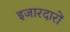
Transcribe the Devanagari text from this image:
इजारदारों